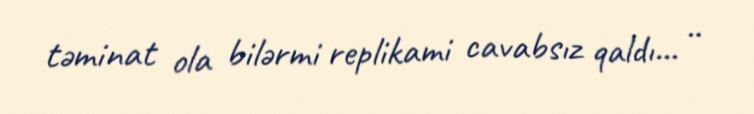
təminat ola bilərmi replikami cavabsız qaldı... ..